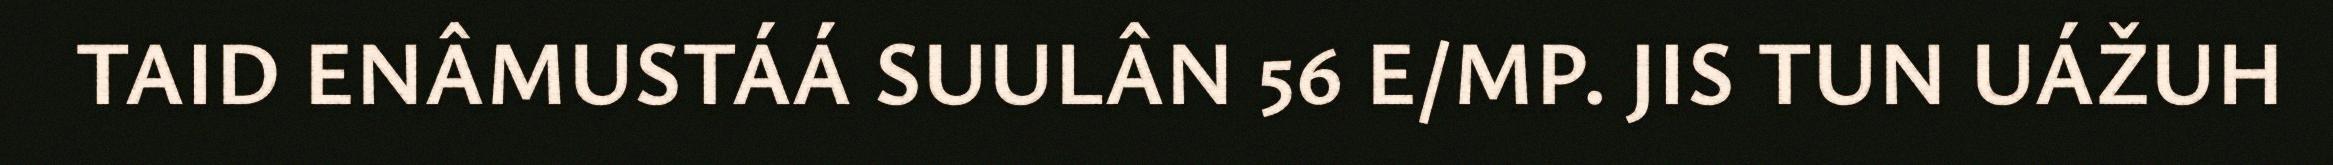
TAID ENÂMUSTÁÁ SUULÂN 56 E/MP. JIS TUN UÁŽUH